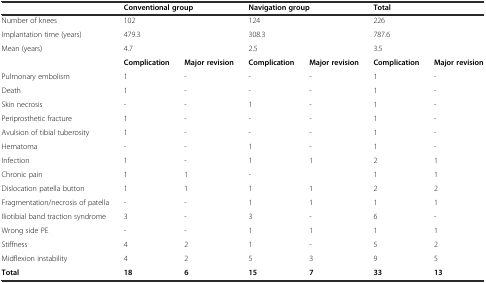
<table><thead><tr><td></td><td colspan="2"><b>Conventional group</b></td><td colspan="2"><b>Navigation group</b></td><td colspan="2"><b>Total</b></td></tr></thead><tbody><tr><td>Number of knees</td><td>102</td><td></td><td>124</td><td></td><td>226</td><td></td></tr><tr><td>Implantation time (years)</td><td>479.3</td><td></td><td>308.3</td><td></td><td>787.6</td><td></td></tr><tr><td>Mean (years)</td><td>4.7</td><td></td><td>2.5</td><td></td><td>3.5</td><td></td></tr><tr><td></td><td><b>Complication</b></td><td><b>Major revision</b></td><td><b>Complication</b></td><td><b>Major revision</b></td><td><b>Complication</b></td><td><b>Major revision</b></td></tr><tr><td>Pulmonary embolism</td><td>1</td><td>-</td><td>-</td><td>-</td><td>1</td><td>-</td></tr><tr><td>Death</td><td>1</td><td>-</td><td>-</td><td>-</td><td>1</td><td>-</td></tr><tr><td>Skin necrosis</td><td>-</td><td>-</td><td>1</td><td>-</td><td>1</td><td>-</td></tr><tr><td>Periprosthetic fracture</td><td>1</td><td>-</td><td>-</td><td>-</td><td>1</td><td>-</td></tr><tr><td>Avulsion of tibial tuberosity</td><td>1</td><td>-</td><td>-</td><td>-</td><td>1</td><td>-</td></tr><tr><td>Hematoma</td><td>-</td><td>-</td><td>1</td><td>-</td><td>1</td><td>-</td></tr><tr><td>Infection</td><td>1</td><td>-</td><td>1</td><td>1</td><td>2</td><td>1</td></tr><tr><td>Chronic pain</td><td>1</td><td>1</td><td>-</td><td></td><td>1</td><td>1</td></tr><tr><td>Dislocation patella button</td><td>1</td><td>1</td><td>1</td><td>1</td><td>2</td><td>2</td></tr><tr><td>Fragmentation/necrosis of patella</td><td>-</td><td>-</td><td>1</td><td>1</td><td>1</td><td>1</td></tr><tr><td>Iliotibial band traction syndrome</td><td>3</td><td>-</td><td>3</td><td>-</td><td>6</td><td>-</td></tr><tr><td>Wrong side PE</td><td>-</td><td>-</td><td>1</td><td>1</td><td>1</td><td>1</td></tr><tr><td>Stiffness</td><td>4</td><td>2</td><td>1</td><td>-</td><td>5</td><td>2</td></tr><tr><td>Midflexion instability</td><td>4</td><td>2</td><td>5</td><td>3</td><td>9</td><td>5</td></tr><tr><td><b>Total</b></td><td><b>18</b></td><td><b>6</b></td><td><b>15</b></td><td><b>7</b></td><td><b>33</b></td><td><b>13</b></td></tr></tbody></table>